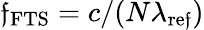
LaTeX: \mathfrak{f}_{\mathrm{{FTS}}}=c/(N\lambda_{\mathrm{{re\mathfrak{f}}}})